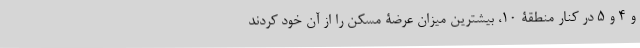
و ۴ و ۵ در کنار منطقۀ ۱۰، بیشترین میزان عرضۀ مسکن را از آن خود کردند